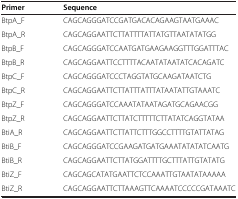
| Primer | Sequence |
 | --- | --- |
 | BtpA_F | CAGCAGGGATCCGATGACACAGAAGTAATGAAAC |
 | BtpA_R | CAGCAGGAATTCTTATTTTATTATGTTAATATATGG |
 | BtpB_F | CAGCAGGGATCCAATGATGAAGAAGGTTTGGATTTAC |
 | BtpB_R | CAGCAGGAATTCCTTTTACAATATAATATCACAGATC |
 | BtpC_F | CAGCAGGGATCCCTAGGTATGCAAGATAATCTG |
 | BtpC_R | CAGCAGGAATTCTTATTTATTTATAATATTGTAAATC |
 | BtpZ_F | CAGCAGGGATCCAAATATAATAGATGCAGAACGG |
 | BtpZ_R | CAGCAGGAATTCTTATCTTTTTCTTATATCAGGTATAA |
 | BtiA_R | CAGCAGGAATTCTTATTCTTTGGCCTTTTGTATTATAG |
 | BtiB_F | CAGCAGGGATCCGAAGATGATGAAATATATATCAATG |
 | BtiB_R | CAGCAGGAATTCTTATGGATTTTGCTTTATTGTATATG |
 | BtiZ_F | CAGCAGCATATGAATTCTCCAAATTGTAATATAAAAA |
 | BtiZ_R | CAGCAGGAATTCTTAAAGTTCAAAATCCCCCGATAAATC |